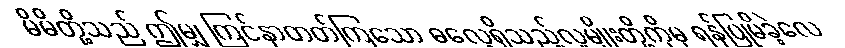
မိမိတို့သည် ဤမျှ ကြင်နာတတ်ကြသော ဓလေ့ရှိသည့်လူမျိုးတို့ကိုမှ ရန်ပြုမိခဲ့လေ